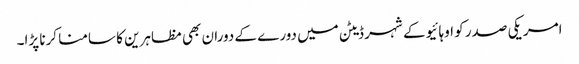
امریکی صدر کو اوہائیو کے شہر ڈیٹن میں دورے کے دوران بھی مظاہرین کا سامنا کرنا پڑا۔